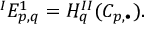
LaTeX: { } ^ { I } E _ { p , q } ^ { 1 } = H _ { q } ^ { I I } ( C _ { p , \bullet } ) .